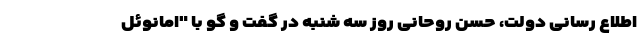
اطلاع رسانی دولت، حسن روحانی روز سه شنبه در گفت و گو با "امانوئل